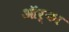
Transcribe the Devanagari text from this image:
ऑर्का